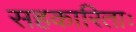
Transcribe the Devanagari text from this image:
सहकारिताः